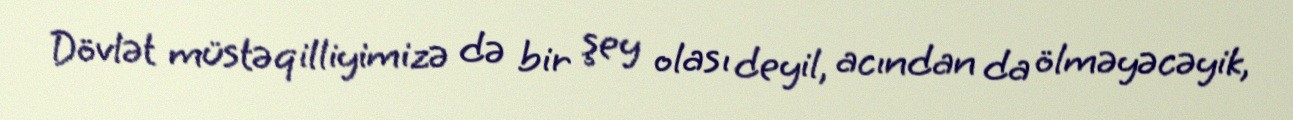
Dövlət müstəqilliyimizə də bir şey olası deyil, acından da ölməyəcəyik,